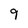
Character: 9